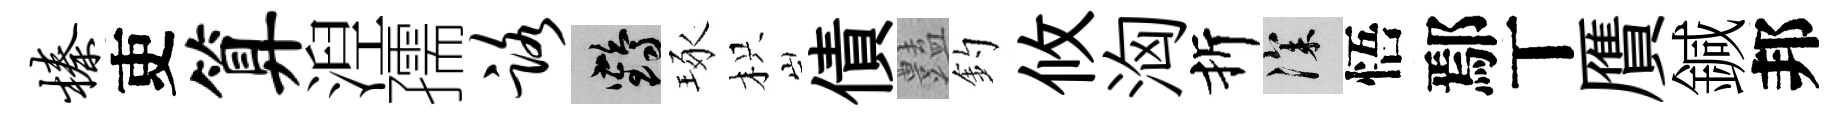
榛吏算湼孺路鶴琢枳債𧰟釣攸洶折深悟鄢丅贋鍼邦